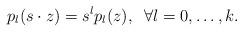
LaTeX: \begin{align*} p_l(s\cdot z)=s^l p_l(z), \;\; \forall l=0, \dots, k.\end{align*}